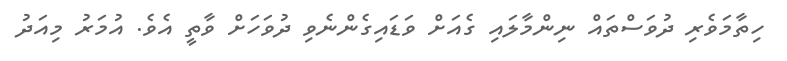
ހިތާމަވެރި ދުވަސްތައް ނިންމާލައި ގެއަށް ވަޑައިގެންނެވި ދުވަހަށް ވާތީ އެވެ. އުމަރު މިއަދު